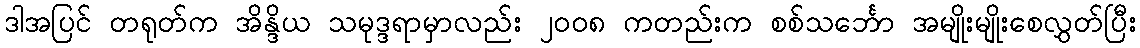
ဒါအပြင် တရုတ်က အိန္ဒိယ သမုဒ္ဒရာမှာလည်း ၂၀၀၈ ကတည်းက စစ်သင်္ဘော အမျိုးမျိုးစေလွှတ်ပြီး